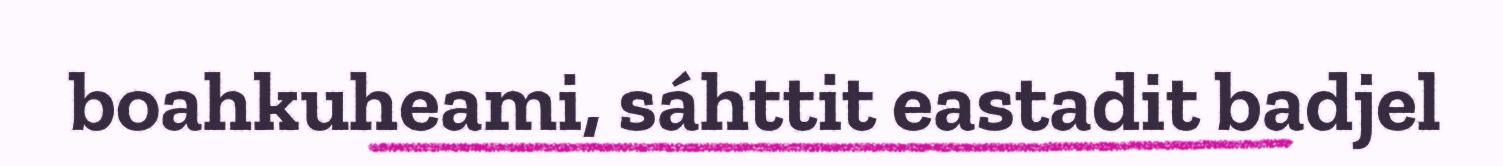
boahkuheami, sáhttit eastadit badjel